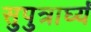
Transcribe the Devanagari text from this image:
सुपुत्रार्घ्यं